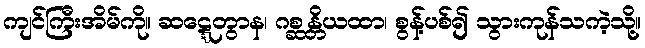
ကျင်ကြီးအိမ်ကို။ ဆဋ္ဋေတွာန၊ ဂစ္ဆန္တိယထာ၊ စွန့်ပစ်၍ သွားကုန်သကဲ့သို့။